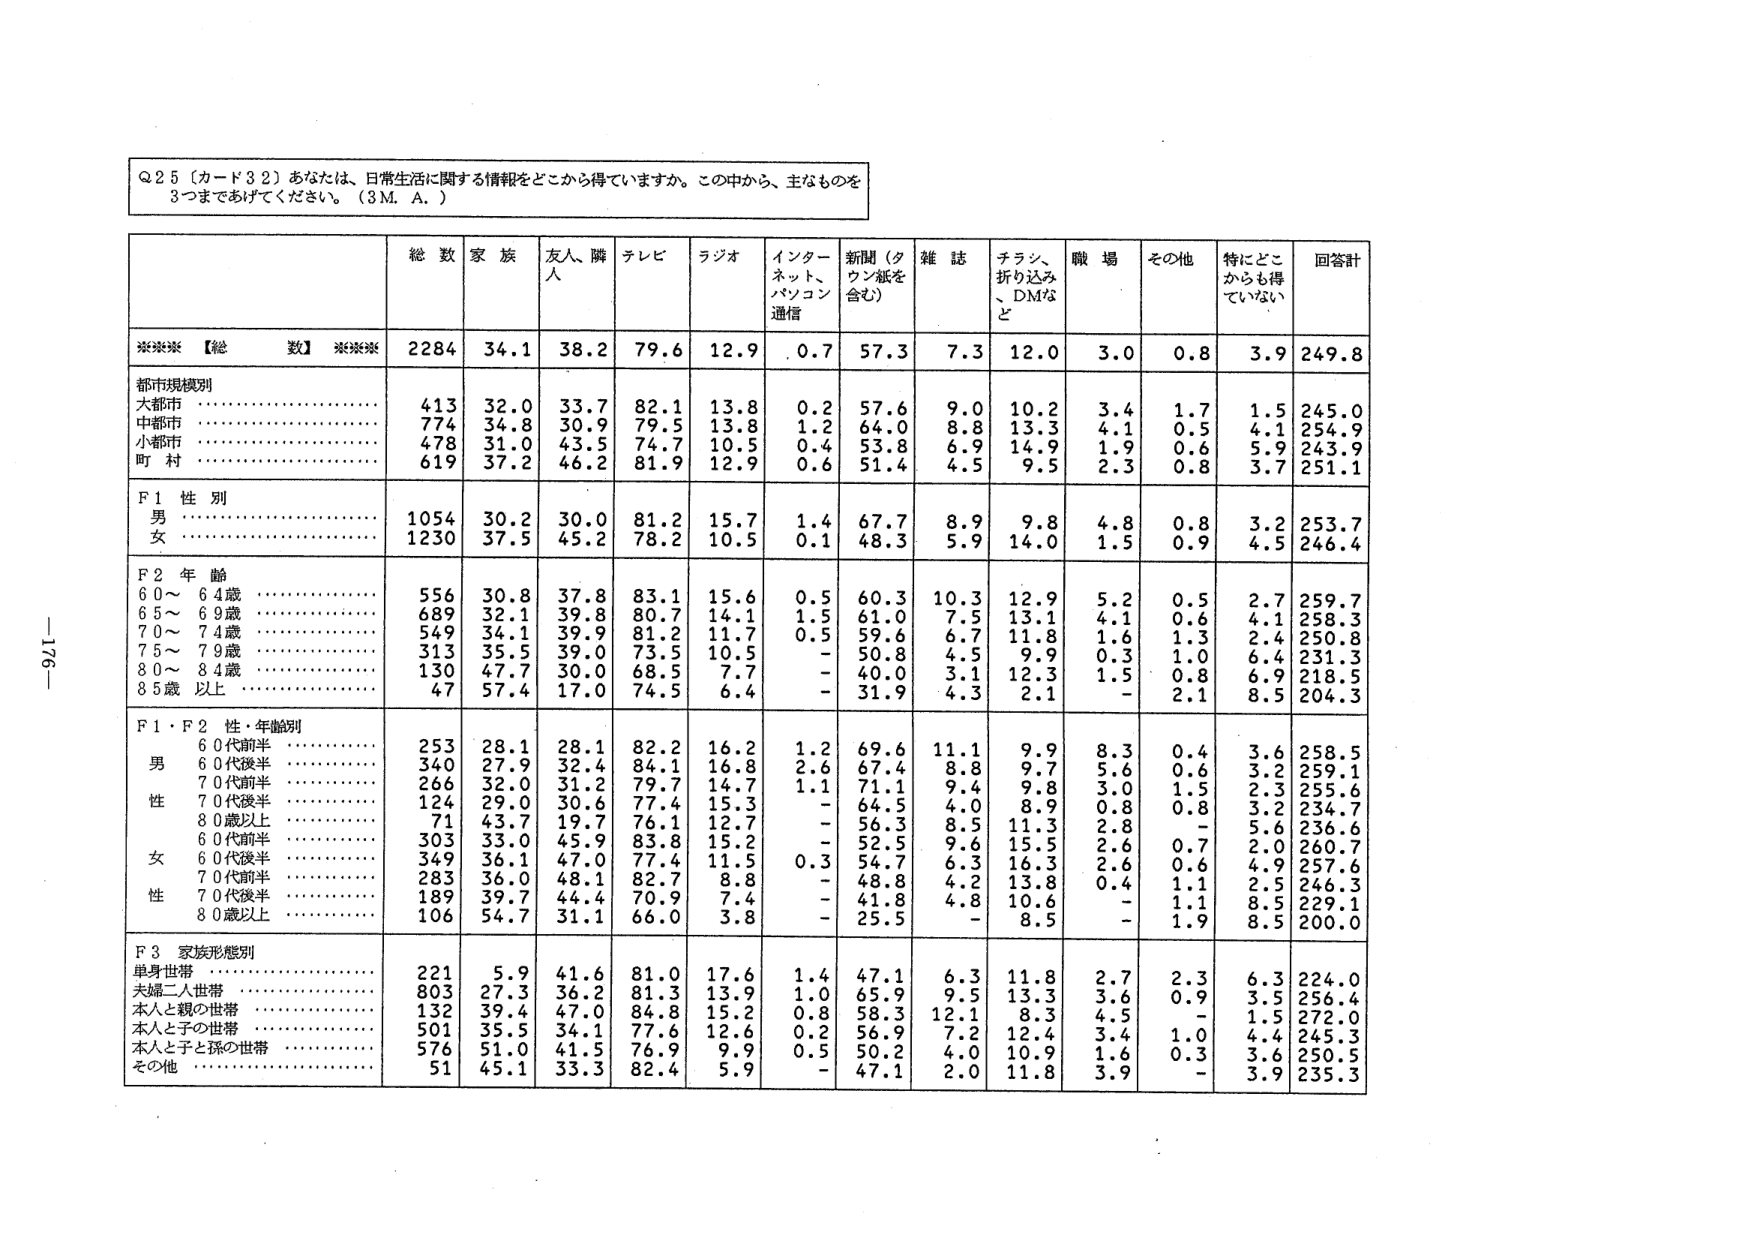
Q25（カード32）あなたは、日常生活に関する情報をどこから得ていますか。この中から、主なものを3つまであげてください。（3M.A.）

総数 家族 友人、隣人 テレビ ラジオ インターネット、パソコン通信 新聞（タウン紙を含む） 雑誌 チラシ、折り込み、DMなど 職場 その他 特にどこからも得ていない 回答計

***【総数】*** 2284 34.1 38.2 79.6 12.9 0.7 57.3 7.3 12.0 3.0 0.8 3.9 249.8

都市規模別
大都市 413 32.0 33.7 82.1 13.8 0.2 57.6 9.0 10.2 3.4 1.7 1.5 245.0
中都市 774 34.8 30.9 79.5 13.8 1.2 64.0 8.8 13.3 4.1 0.5 4.1 254.9
小都市 478 31.0 43.5 74.7 10.5 0.4 53.8 6.9 14.9 1.9 0.6 5.9 243.9
町村 619 37.2 46.2 81.9 12.9 0.6 51.4 4.5 9.5 2.3 0.8 3.7 251.1

F1 性別
男 1054 30.2 30.0 81.2 15.7 1.4 67.7 8.9 9.8 4.8 0.8 3.2 253.7
女 1230 37.5 45.2 78.2 10.5 0.1 48.3 5.9 14.0 1.5 0.9 4.5 246.4

F2 年齢
60～64歳 556 30.8 37.8 83.1 15.6 0.5 60.3 10.3 12.9 5.2 0.5 2.7 259.7
65～69歳 689 32.1 39.8 80.7 14.1 1.5 61.0 7.5 13.1 4.1 0.6 4.1 258.3
70～74歳 549 34.1 39.9 81.2 11.7 0.5 59.6 6.7 11.8 1.6 1.3 2.4 250.8
75～79歳 313 35.5 39.0 73.5 10.5 - 50.8 4.5 9.9 0.3 1.0 6.4 231.3
80～84歳 130 47.7 30.0 68.5 7.7 - 40.0 3.1 12.3 1.5 0.8 6.9 218.5
85歳以上 47 57.4 17.0 74.5 6.4 - 31.9 4.3 2.1 - 2.1 8.5 204.3

F1・F2 性・年齢別
男
60代前半 253 28.1 28.1 82.2 16.2 1.2 69.6 11.1 9.9 8.3 0.4 3.6 258.5
60代後半 340 27.9 32.4 84.1 16.8 2.6 67.4 8.8 9.7 5.6 0.6 3.2 259.1
70代前半 266 32.0 31.2 79.7 14.7 1.1 71.1 9.4 9.8 3.0 1.5 2.3 255.6
70代後半 124 29.0 30.6 77.4 15.3 - 64.5 4.0 8.9 0.8 0.8 3.2 234.7
80歳以上 71 43.7 19.7 76.1 12.7 - 56.3 8.5 11.3 2.8 - 5.6 236.6
女
60代前半 303 33.0 45.9 83.8 15.2 - 52.5 9.6 15.5 2.6 0.7 2.0 260.7
60代後半 349 36.1 47.0 77.4 11.5 0.3 54.7 6.3 16.3 2.6 0.6 4.9 257.6
70代前半 283 36.0 48.1 82.7 8.8 - 48.8 4.2 13.8 0.4 1.1 2.5 246.3
70代後半 189 39.7 44.4 70.9 7.4 - 41.8 4.8 10.6 - 1.1 8.5 229.1
80歳以上 106 54.7 31.1 66.0 3.8 - 25.5 - 8.5 - 1.9 8.5 200.0

F3 家族形態別
単身世帯 221 5.9 41.6 81.0 17.6 1.4 47.1 6.3 11.8 2.7 2.3 6.3 224.0
夫婦二人世帯 803 27.3 36.2 81.3 13.9 1.0 65.9 9.5 13.3 3.6 0.9 3.5 256.4
本人と親の世帯 132 39.4 47.0 84.8 15.2 0.8 58.3 12.1 8.3 4.5 - 1.5 272.0
本人と子の世帯 501 35.5 34.1 77.6 12.6 0.2 56.9 7.2 12.4 3.4 1.0 4.4 245.3
本人と子と孫の世帯 576 51.0 41.5 76.9 9.9 0.5 50.2 4.0 10.9 1.6 0.3 3.6 250.5
その他 51 45.1 33.3 82.4 5.9 - 47.1 2.0 11.8 3.9 - 3.9 235.3